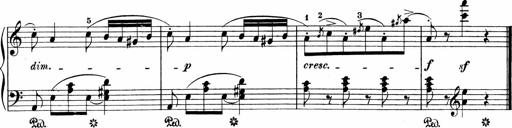
Title: 3 Sonatinas
Composer: Carl Reinecke